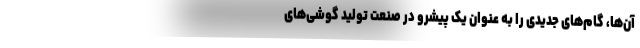
آن‌ها، گام‌های جدیدی را به عنوان یک پیشرو در صنعت تولید گوشی‌های